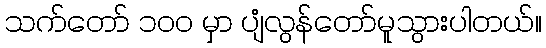
သက်တော် ၁ဝဝ မှာ ပျံလွန်တော်မူသွားပါတယ်။